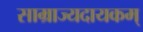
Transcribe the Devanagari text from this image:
साम्राज्यदायकम्